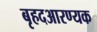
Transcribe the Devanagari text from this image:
बृहदआरण्यक